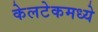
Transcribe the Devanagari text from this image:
केलटेकमध्ये